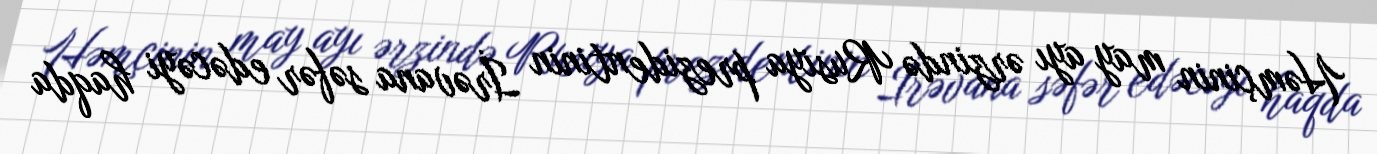
Həmçinin may ayı ərzində Rusiya prezidentinin İrəvana səfər edəcəyi haqda